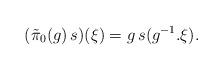
LaTeX: \begin{align*}(\tilde{\pi}_0(g)\,s)(\xi)=g\,s(g^{-1}.\xi).\end{align*}